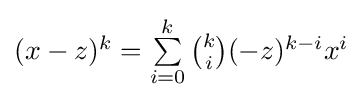
{\textstyle (x-z)^{k}=\sum \limits _{i=0}^{k}{\binom {k}{i}}(-z)^{k-i}x^{i}}